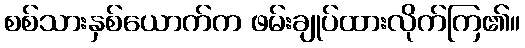
စစ်သားနှစ်ယောက်က ဖမ်းချုပ်ထားလိုက်ကြ၏။